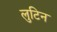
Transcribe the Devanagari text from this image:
लुटिन